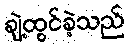
ချဲ့ထွင်ခဲ့သည်